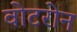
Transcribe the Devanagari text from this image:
वोटरोन